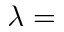
\lambda =